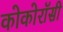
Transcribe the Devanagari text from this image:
कोकोरॉसी